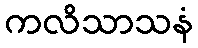
ကလိသာသနံ